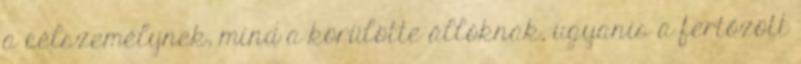
a célszemélynek, mind a körülötte állóknak, ugyanis a fertőzött